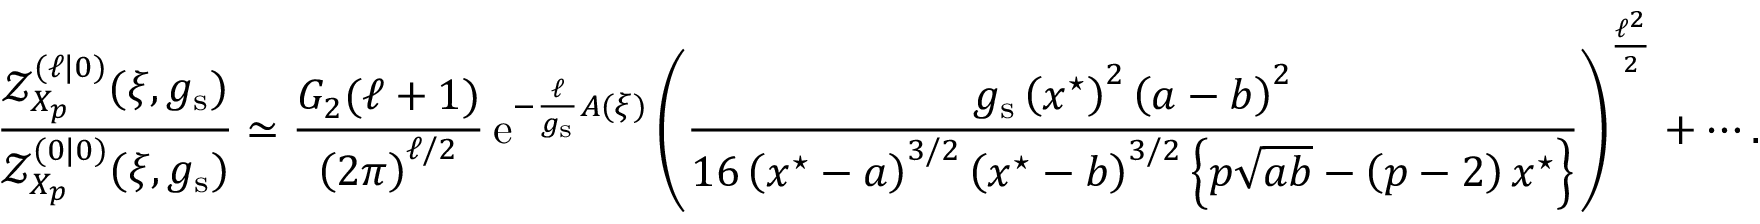
\frac { \mathcal { Z } _ { X _ { p } } ^ { ( \ell | 0 ) } ( \xi , g _ { \mathrm { s } } ) } { \mathcal { Z } _ { X _ { p } } ^ { ( 0 | 0 ) } ( \xi , g _ { \mathrm { s } } ) } \simeq \frac { G _ { 2 } ( \ell + 1 ) } { \left( 2 \pi \right) ^ { \ell / 2 } } \, { \mathrm { e } } ^ { - \frac { \ell } { g _ { \mathrm { s } } } A ( \xi ) } \left( \frac { g _ { \mathrm { s } } \left( x ^ { \star } \right) ^ { 2 } \left( a - b \right) ^ { 2 } } { 1 6 \left( x ^ { \star } - a \right) ^ { 3 / 2 } \left( x ^ { \star } - b \right) ^ { 3 / 2 } \left\{ p \sqrt { a b } - \left( p - 2 \right) x ^ { \star } \right\} } \right) ^ { \frac { \ell ^ { 2 } } { 2 } } + \cdots .